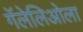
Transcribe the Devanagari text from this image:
गॅलेलिओला